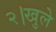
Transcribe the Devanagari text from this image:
२।खुले